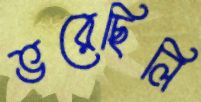
ভরেছিলি